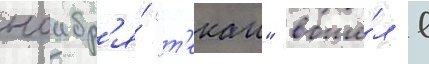
ноабр'я́ "т'екаи" вошё́л в